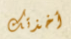
أخذتك